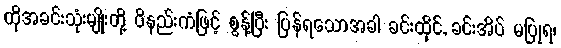
ထိုအခင်းသုံးမျိုးတို့ ဝိနည်းကံဖြင့် စွန့်ပြီး ပြန်ရသောအခါ ခင်းထိုင်, ခင်းအိပ် မပြုရ၊